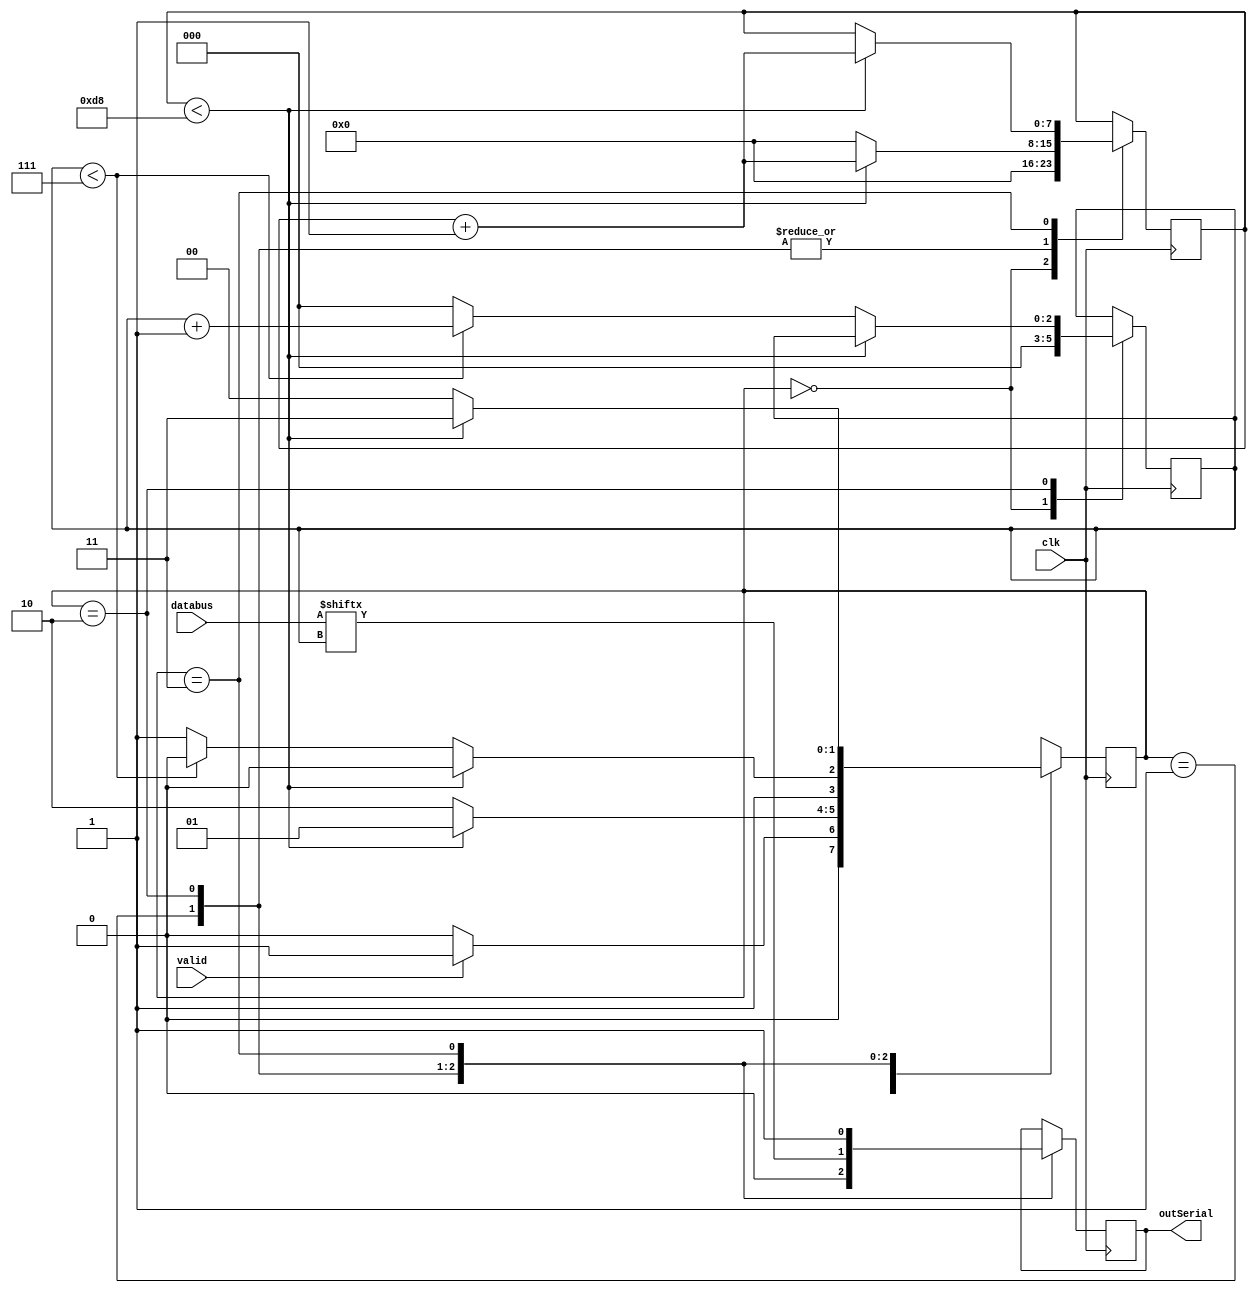
`timescale 1ns / 1ps
//////////////////////////////////////////////////////////////////////////////////
// Company: 
// Engineer: 
// 
// Design Name: 
// Module Name:    uart_tx 
// Project Name: 
// Target Devices: 
// Tool versions: 
// Description: 
//
// Dependencies: 
//
// Revision: 
// Revision 0.01 - File Created
// Additional Comments: 
//
//////////////////////////////////////////////////////////////////////////////////
module uart_tx
#(parameter clk_per_bit = 217)(
    input [7:0] databus,
    input valid,
    input clk,
    output reg outSerial
    );
	 
	parameter  IDLE = 2'b00, START_BIT = 2'b01, DATA_BIT =  2'b10, STOP_BIT = 2'b11;

	reg[7:0] clk_count;
	reg[2:0] index;
	reg[1:0] next_state;
	
	always@(posedge clk)
	begin
	
	case(next_state)
	
	IDLE:
	begin
	clk_count <= 8'b0;
	index <= 3'b0;
	next_state = valid ? START_BIT : IDLE;
	end
	
	START_BIT:
	begin
	outSerial <= 1'b0;
	if(clk_count < (clk_per_bit-1))
	begin
	clk_count <= clk_count + 1'b1;
	next_state <= START_BIT;
	end
	else
	begin
	clk_count <= 8'b0;
	next_state <= DATA_BIT;
	end
	end
	
	DATA_BIT:
	begin
	outSerial <= databus[index];
	if(clk_count < (clk_per_bit-1))
	begin
	clk_count <= clk_count + 1'b1;
	next_state <= DATA_BIT;
	end
	else
	begin
	clk_count <= 8'b0;
	if(index<3'b111)
	begin
	index <= index + 1'b1;
	next_state <= DATA_BIT;
	end
	else
	begin
	index <= 3'b0;
	clk_count <= 8'b0;
	next_state <= STOP_BIT;
	end
	end
	end
	
	STOP_BIT:
	begin
	outSerial <= 1'b1;
	if(clk_count < (clk_per_bit-1))
	begin
	clk_count <= clk_count + 1'b1;
	next_state <= STOP_BIT;
	end
	else
	begin
	next_state <= IDLE;
	end
	end
	
	endcase
	end
endmodule